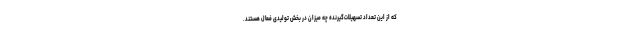
که از این تعداد تسهیلات‌گیرنده چه میزان در بخش تولیدی فعال هستند.